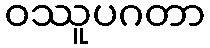
ဝဿူပဂတာ